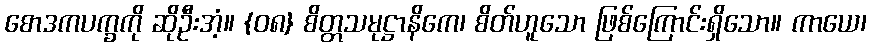
စောဒကပက္ခကို ဆိုဦးအံ့။ {၀၈} စိတ္တသမုဋ္ဌာနိကေ၊ စိတ်ဟူသော ဖြစ်ကြောင်းရှိသော။ ကာယေ၊